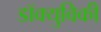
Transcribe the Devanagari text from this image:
डॉक्युविकी